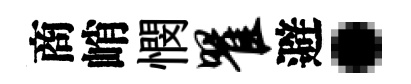
商峭憫瞿避·